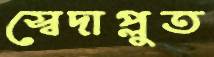
স্বেদাপ্লুত